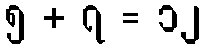
၅ + ၇ = ၁၂